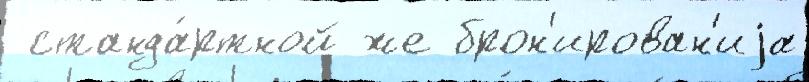
 станда́ртной же брон'ирован'иjа